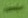
Text: -